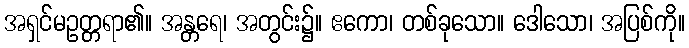
အရှင်မဥတ္တရာ၏။ အန္တရေ၊ အတွင်း၌။ ဧကော၊ တစ်ခုသော။ ဒေါသော၊ အပြစ်ကို။